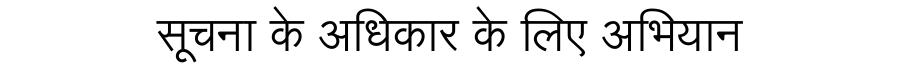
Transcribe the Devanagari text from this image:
सूचना के अधिकार के लिए अभियान